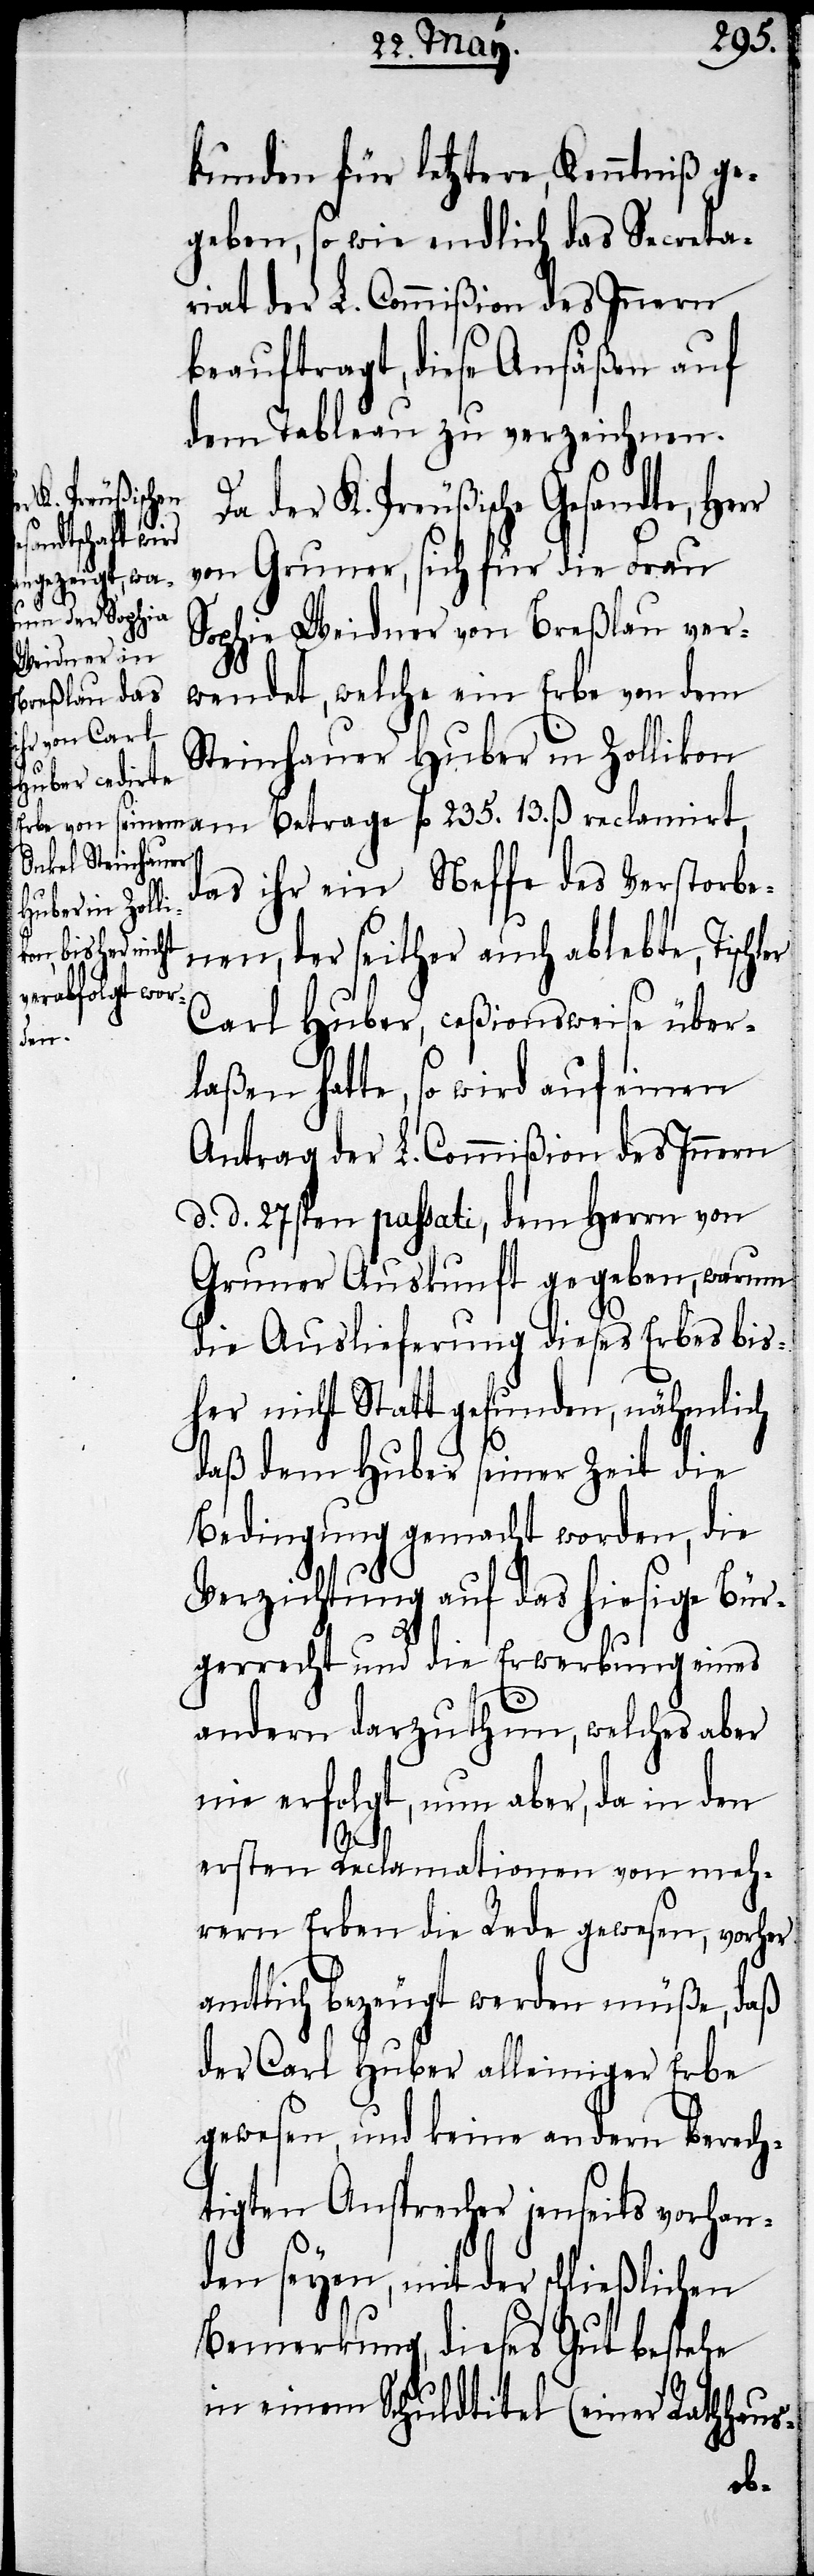
r

kunden für letztere, Kenntniß ge¬
geben, sowie endlich das Secreta¬
riat der L. Commißion des Innern
beauftragt, diese Ansäßen auf
dem Tableau zu verzeichnen.
Da der K. Preußische Gesandte, Her¬
von Grumer, sich für die Frau
Sophia Weidner von Breßlau ver¬
wendet, welche ein Erbe von dem
Steinhauer Huber in Zollikon
am Betrage fl. 235. 13. ß reclamirt,
das ihr ein Neffe des Verstorbe¬
nen, der seither auch ablebte, Tischl¬
Carl Huber, ceßionsweise über¬
laßen hatte, so wird auf einen
Antrag der L. Commißion des Innern
d. d. 27sten passati, dem Herrn von
Gruner Auskunft gegeben, warum
die Auslieferung dieses Erbes bis¬
her nicht Statt gefunden, nähmlich
daß dem Huber seiner Zeit die
Bedingung gemacht worden, die
Verzichtung auf das hiesige Bür¬
gerrecht und die Erwerbung eines
andern darzuthun, welches aber
nie erfolgt, nun aber, da in den
ersten Reclamationen von meh¬
rern Erben die Rede gewesen, vorher
amtlich bezeugt werden müße, daß
der Carl Huber alleiniger Erbe
gewesen, und keine andern berech¬
tigten Ansprecher jenseits vorhan¬
den seyen, mit der schließlichen
Bemerkung, dieses Gut bestehe
in einem Schuldtitel (einer Rathhaus-
er